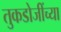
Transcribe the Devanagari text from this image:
तुकडोजींच्या